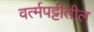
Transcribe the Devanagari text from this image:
वर्त्मपट्टीतील